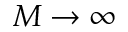
M \rightarrow \infty